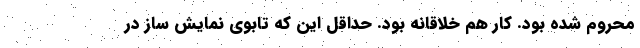
محروم شده بود. کار هم خلاقانه بود. حداقل این که تابوی نمایشِ ساز در